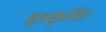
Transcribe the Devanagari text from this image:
सूत्रकृमि।